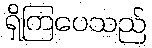
ရှိကြပေသည်